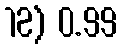
12) 0.99